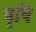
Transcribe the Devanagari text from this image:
त्रृषि